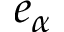
e _ { \alpha }